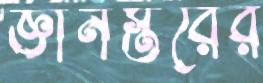
জ্ঞানস্তরের